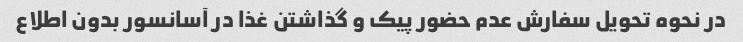
در نحوه تحویل سفارش عدم حضور پیک و گذاشتن غذا در آسانسور بدون اطلاع